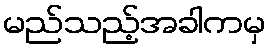
မည်သည့်အခါကမှ